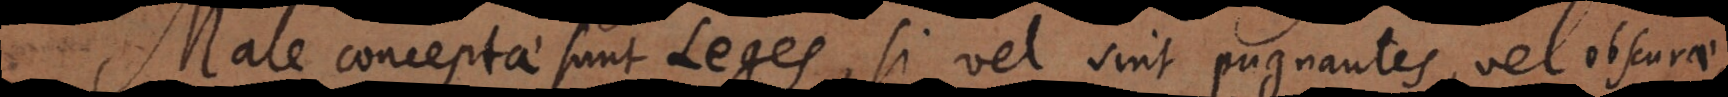
Male conceptae sunt Leges, si vel sint pugnantes, vel obscurae,